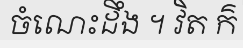
ចំណេះដឹង ។ វិត ក៌